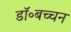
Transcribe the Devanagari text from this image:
डॉ॰बच्चन